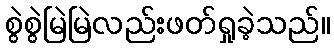
စွဲစွဲမြဲမြဲလည်းဖတ်ရှုခဲ့သည်။